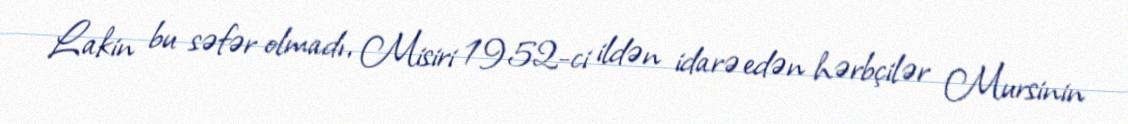
Lakin bu səfər olmadı, Misiri 1952-ci ildən idarə edən hərbçilər Mursinin